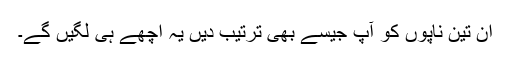
ان تِین ناپوں کو آپ جیسے بھی ترتیب دیں یہ اچھے ہی لگیں گے۔